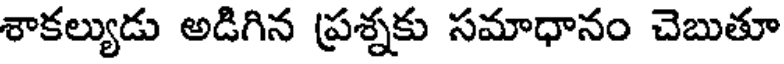
శాకల్యుడు అడిగిన ప్రశ్నకు సమాధానం చెబుతూ